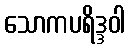
သောကပရိဒ္ဒဝါ